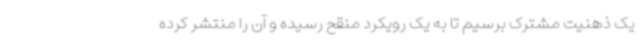
یک ذهنیت مشترک برسیم تا به یک رویکرد منقح رسیده و آن را منتشر کرده